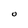
Character: O